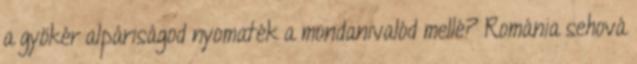
a gyökér alpáriságod nyomaték a mondanivalód mellé? Románia sehová